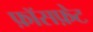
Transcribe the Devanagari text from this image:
फ़ॉसफ़ेट